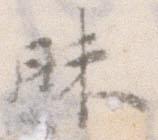
昧